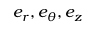
e _ { r } , e _ { \theta } , e _ { z }